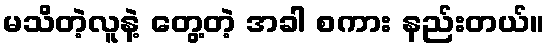
မသိတဲ့လူနဲ့ တွေ့တဲ့ အခါ စကား နည်းတယ်။